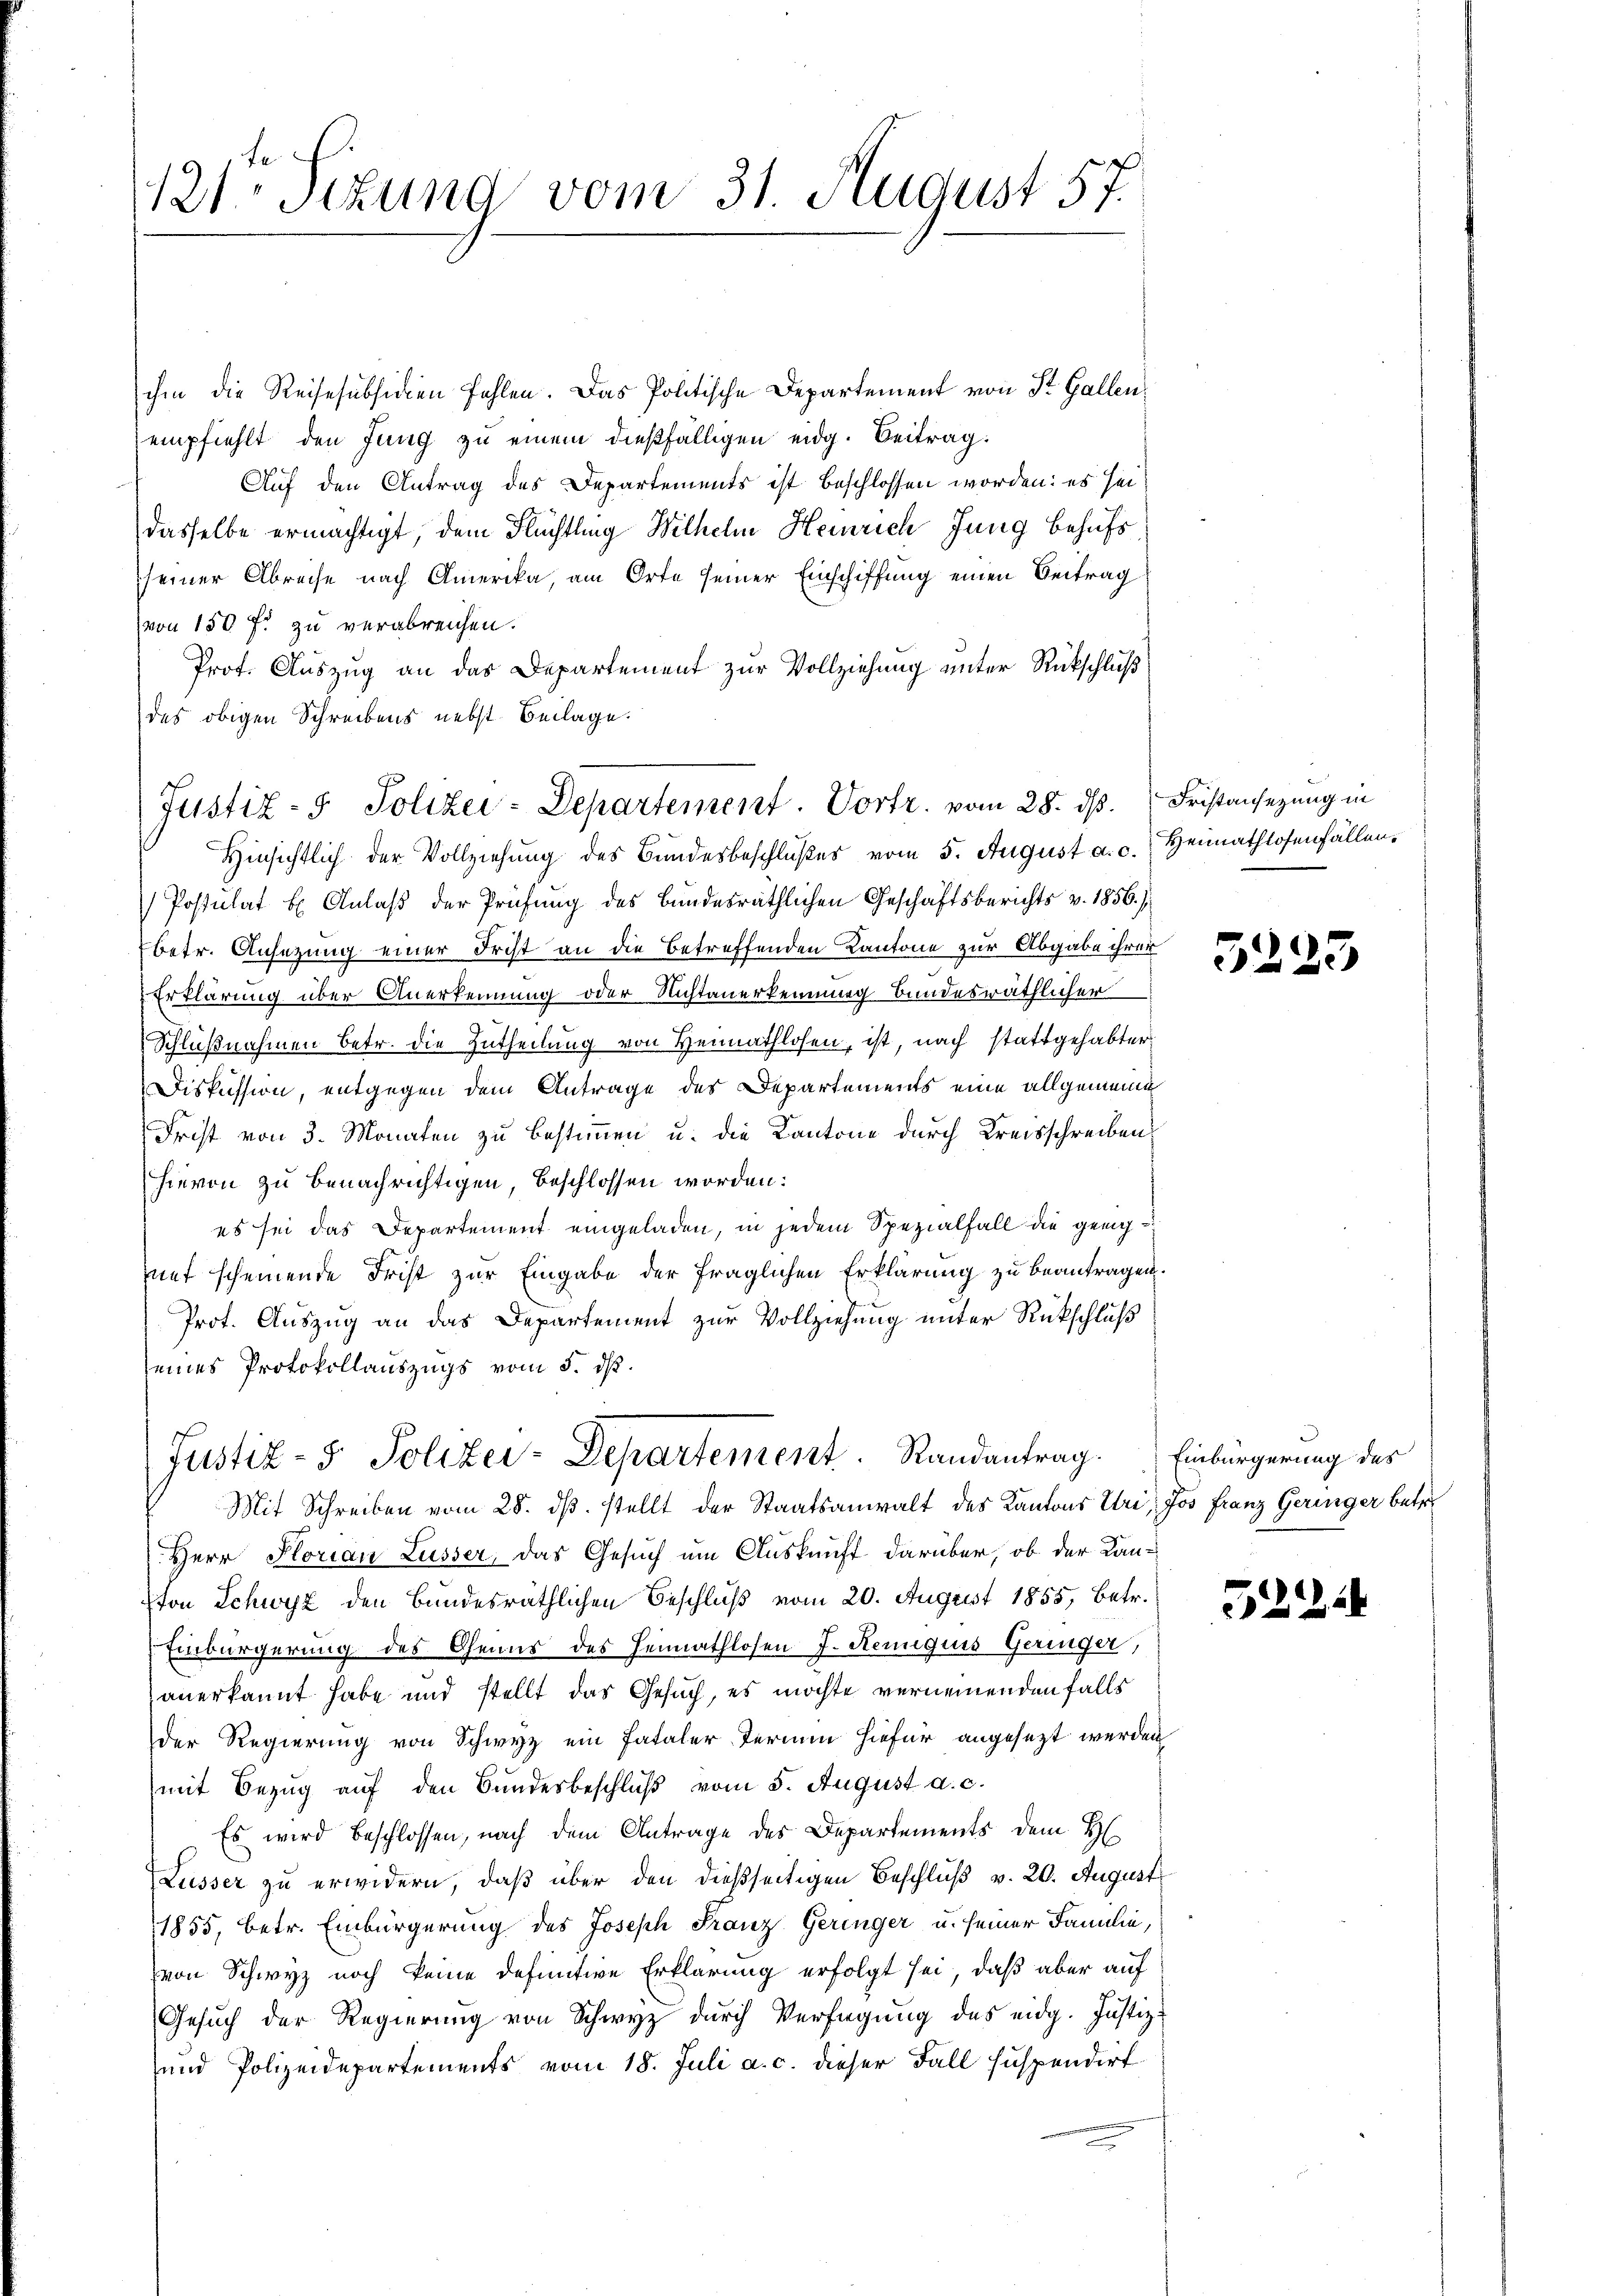
121. Sizung vom 31. August 57.

ihm die Reisesubsidien fehlen. Das Politische Departement von St. Gallenempfiehlt den Jung zu einem dießfälligen eidg. Beitrag:
Auf den Antrag des Departements ist beschlossen worden: es seidasselbe ermächtigt, dem Flüchtling Wilhelm Heinrich Jung behufs
seiner Abreise nach Amerika, am Orte seiner Einschiffung einen Beitrag
von 150 f: zu verabreichen.
Prof. Auszug an das Departement zur Vollziehung unter Rückschluß
des obigen Schreibens nebst Beilage.
Hinsichtlich der Vollziehung des Bundesbeschlußes vom 5. August a. c. Heimathlosenfällen,
Postulat b Anlaß der Prüfung des Bundesräthlichen Geschäftsberichts v. 1856.)
betr. Ansetzung einer Frist an die betreffenden Kantone zur Abgabe ihrer
Erklärung über Anerkennung oder Nichtanerkennung bundesräthlicher
Schlußnahmen betr. die Zutheilung von Heimathlosen, ist, nach stattgehabter
Diskussion, entgegen dem Antrage des Departements eine allgemeine
Frist von 3. Monaten zu bestimmen u. die Kantone durch Kreisschreibens
hievon zu benachrichtigen, beschlossen worden.
es sei das Departement eingeladen, in jedem Spezialfall die genugzuef scheinende Frist zur Eingabe der fraglichen Erklärung zu beantragen.
Prot. Auszug an das Departement zur Vollziehung unter Rückschluß
seines Protokollauszugs vom 5. dß.
Justiz- & Polizei-Departement. Randantrag. Einbürgerung des
Mit Schreiben vom 28. ds. stellt der Staatsanwalt des Kantons Uri, Jos Franz Geringer betr.
Herr Florian Lusser, das Gesuch um Auskunft darüber, ob der Kanton Schwyz den Bundesräthlichen Beschluß vom 20. August 1855, betr.
Einbürgerung des Genus des Heimathlosen J. Hemiquis Geringer,
anerkannt habe und stellt das Gesuch, es möchte vernemenden falls
der Regierung von Schwyz ein fataler Termin hiefür angesezt werden
mit Bezug auf den Bundesbeschluß vom 5. August a. c.
Es wird beschlossen, nach dem Antrage des Departements dem H
Lusser zu erwidern, daß über den dießseitigen Beschluß v. 20. August
1855, betr. Einbürgerung des Joseph Franz Geringer u. seiner Familie,
von Schwyz noch keine definitive Erklärung erfolgt sei, daß aber auf
Gesuch der Regierung von Schwyz durch Verfügung des eidg. Justiz:
und Polizeidepartements vom 18. Juli a. c. dieser Fall suspendirt

Justiz- & Polizei-Departement. Vortr. vom 28. ds. Fristansezung in

3225

5224